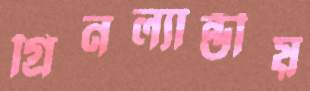
গ্রিনল্যান্ডীয়